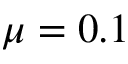
\mu = 0 . 1